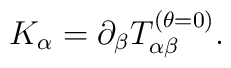
K_\alpha =\partial _\beta T^{(\theta=0)}_{\alpha \beta } .